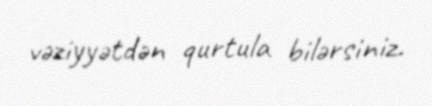
vəziyyətdən qurtula bilərsiniz.